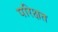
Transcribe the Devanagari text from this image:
परिक्षत